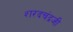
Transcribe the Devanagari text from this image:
शरदचंद्रजी